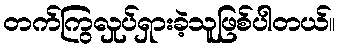
တက်ကြွလှုပ်ရှားခဲ့သူဖြစ်ပါတယ်။